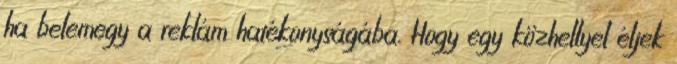
ha belemegy a reklám hatékonyságába. Hogy egy közhellyel éljek